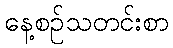
နေ့စဉ်သတင်းစာ